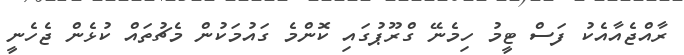
ރާއްޖެއާއެކު ފަސް ޓީމު ހިމެނޭ ގްރޫޕުގައި ކޮންމެ ގައުމަކުން މެޗުތައް ކުޅެން ޖެހެނީ